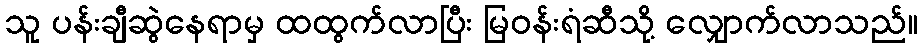
သူ ပန်းချီဆွဲနေရာမှ ထထွက်လာပြီး မြဝန်းရံဆီသို့ လျှောက်လာသည်။